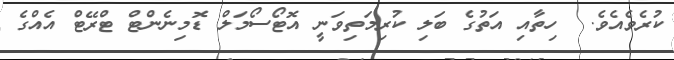
ކުރެވެއެވެ.  ހިތާއި އަތުގެ ބަލި ކުރިމަތިވަނީ އޮޓޯސޯމަލް ޑޮމިނެންޓް ޓްރޭޓް އެއްގެ